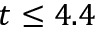
t \leq 4 . 4